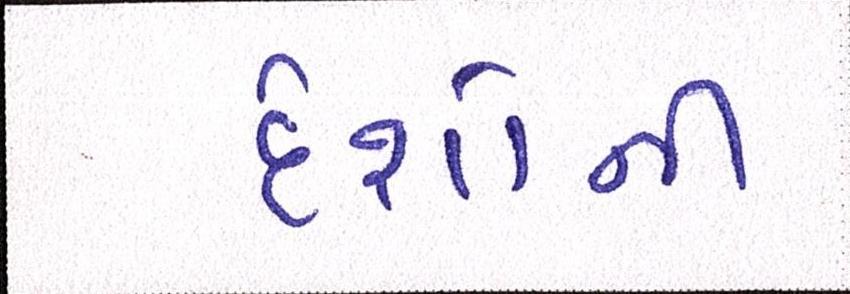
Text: દેશોની